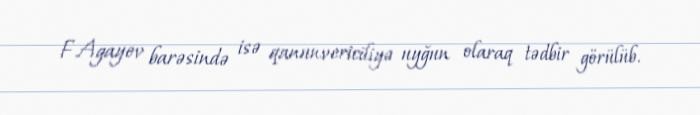
F.Agayev barəsində isə qanunvericiliyə uyğun olaraq tədbir görülüb.